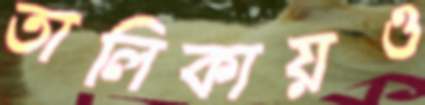
তালিকায়ও